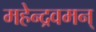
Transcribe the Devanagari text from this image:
महेन्द्रवमन्